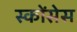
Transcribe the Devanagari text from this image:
स्कोंसेस